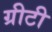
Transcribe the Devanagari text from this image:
ग्रीटी